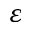
\varepsilon